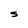
Character: S